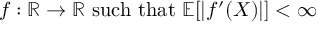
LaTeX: f : \mathbb { R } \to \mathbb { R } { \mathrm { ~ s u c h ~ t h a t ~ } } \mathbb { E } [ | f ^ { \prime } ( X ) | ] < \infty